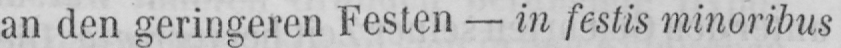
an den geringeren Festen - in festis minoribus